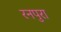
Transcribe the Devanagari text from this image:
रनपुरा